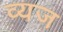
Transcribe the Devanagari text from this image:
व्यज